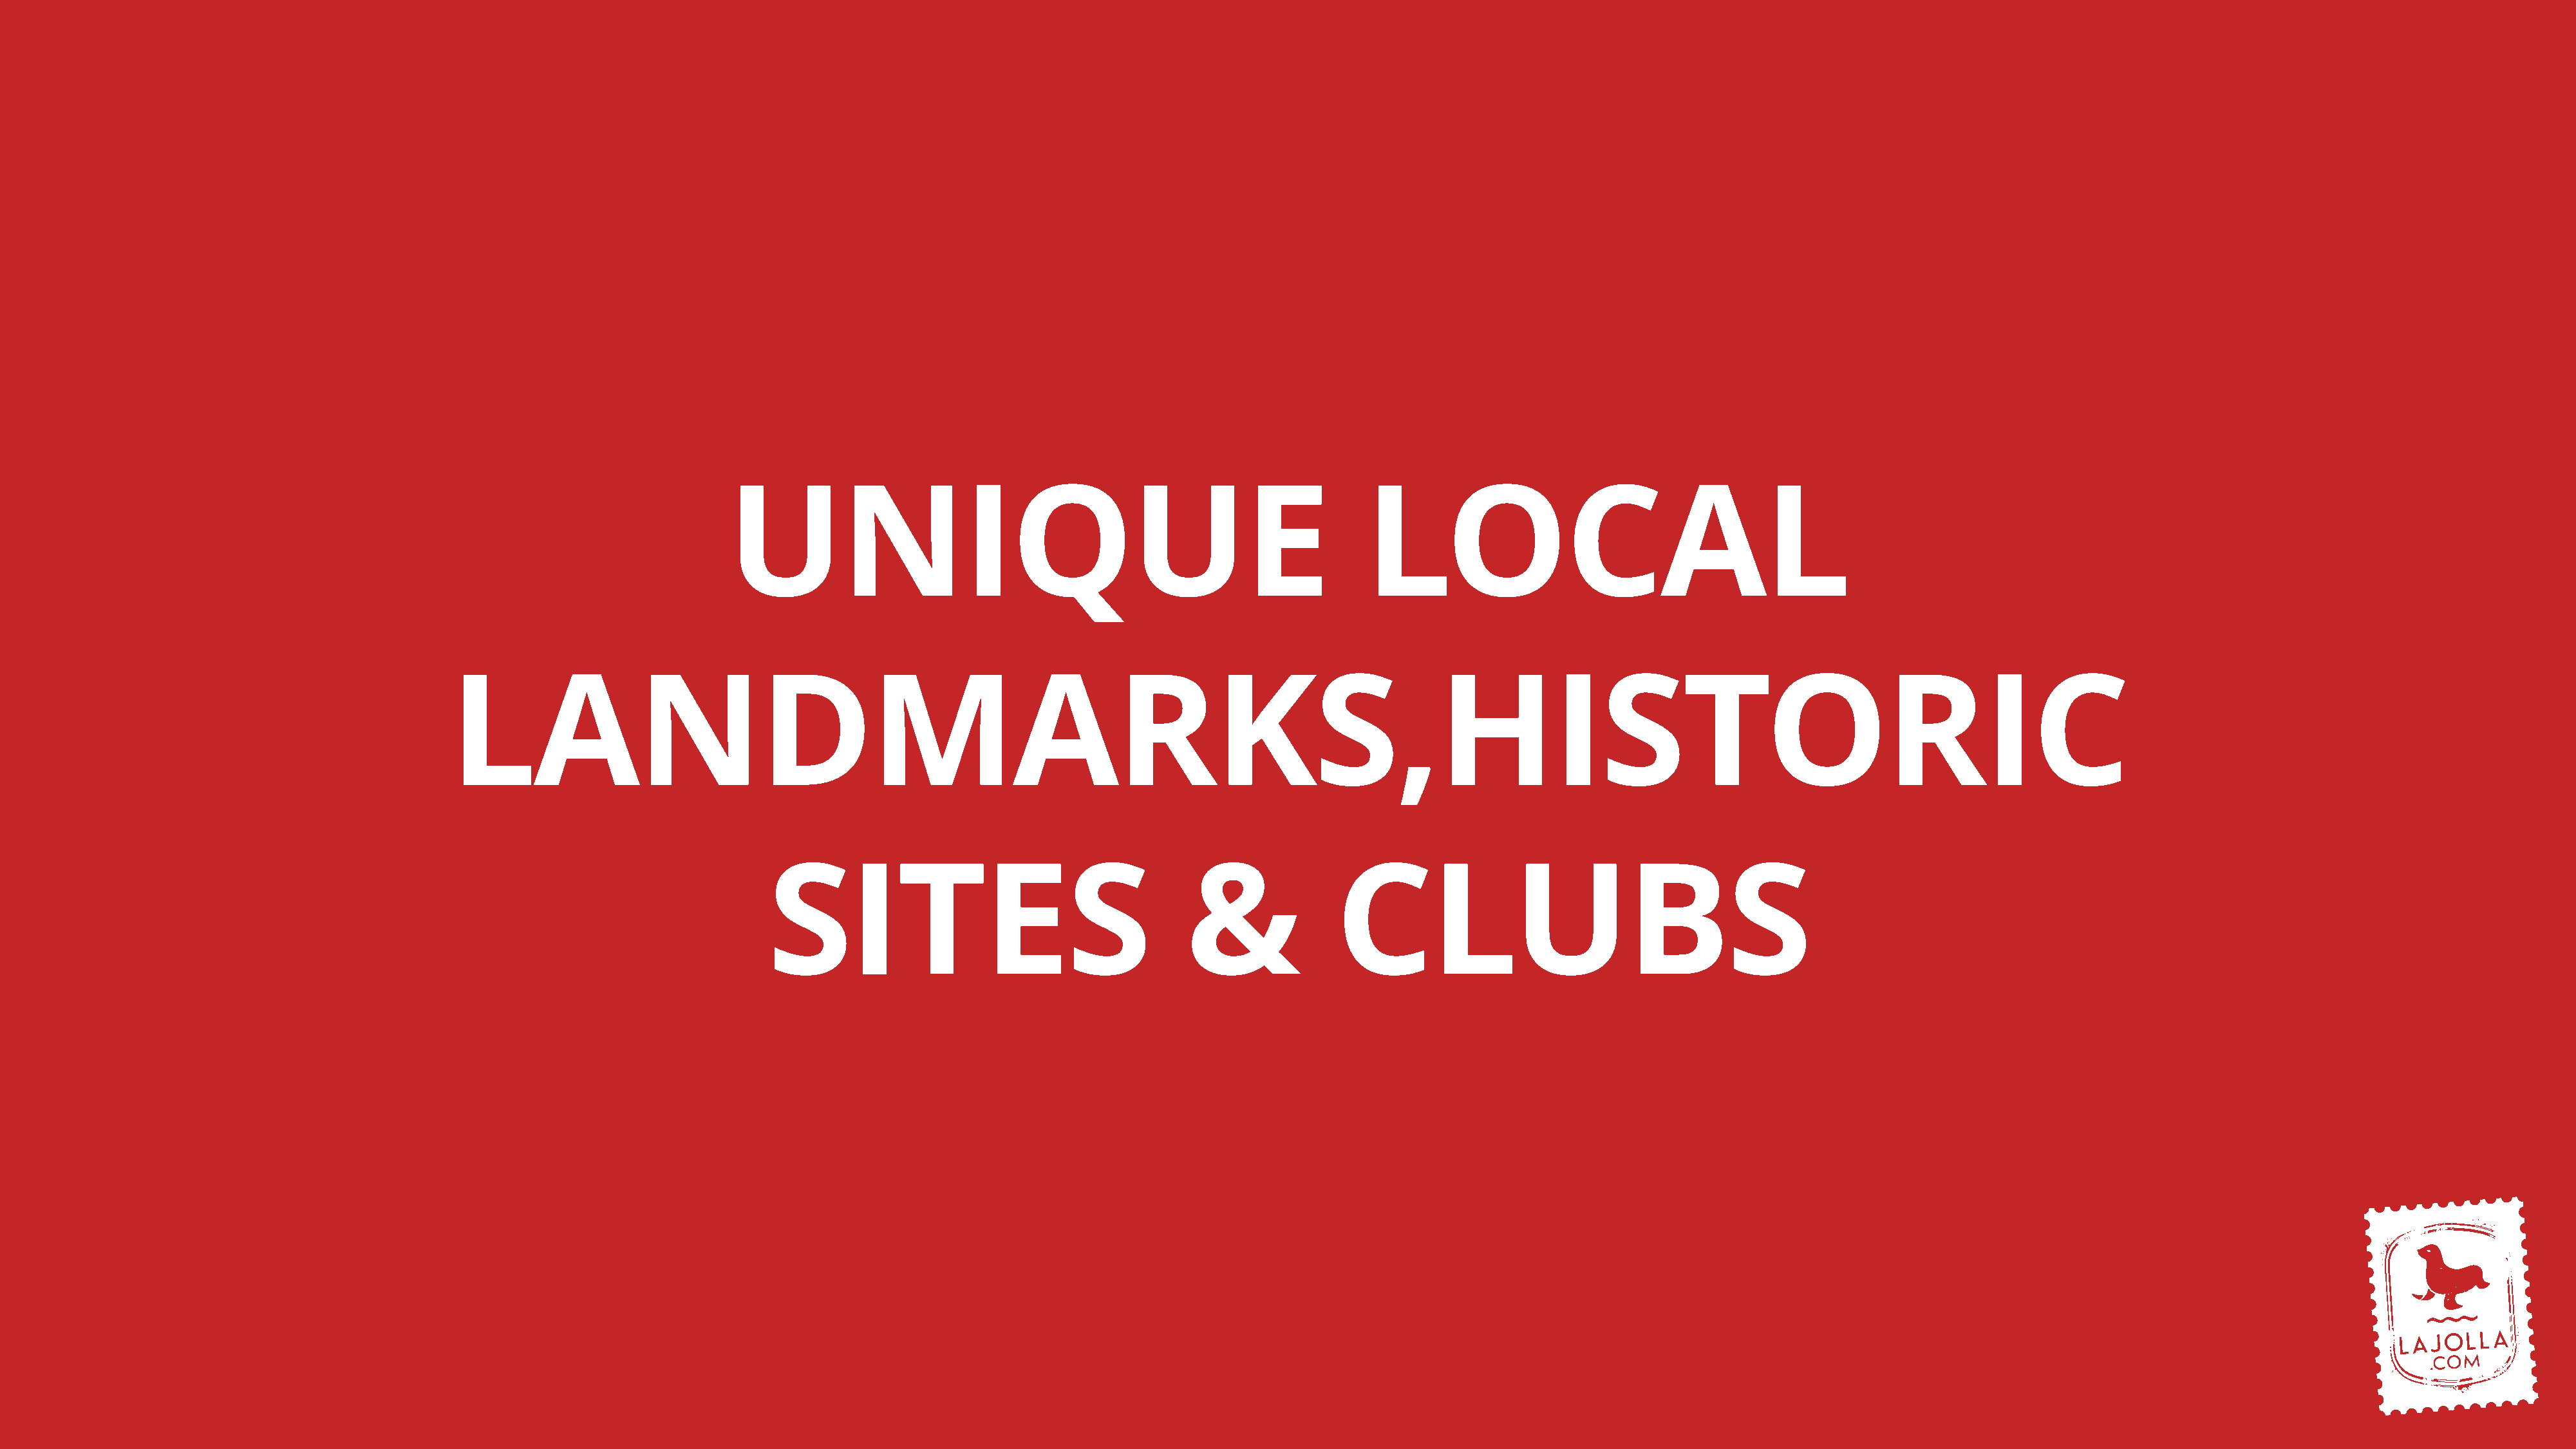
UNIQUE                                                           LOCAL
 LANDMARKS,HISTORIC
 SITES                                      &              CLUBS